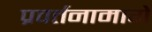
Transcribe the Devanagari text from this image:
प्रवर्तनामागे